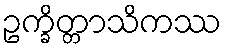
ဥက္ခိတ္တာသိကဿ